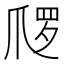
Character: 𱬿